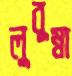
লুবুম্বা